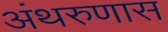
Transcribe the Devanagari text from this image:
अंथरुणास